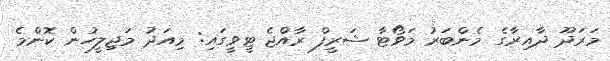
މަރަދޫ ދާއިރާގެ މެންބަރު މަވޯޓާ ޝަރީފް ރާއްޖެ ޓީވީގައި: މިއަދު މަޖިލީހުން ކޮންމެ